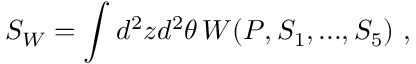
S _ { W } = \int d ^ { 2 } z d ^ { 2 } \theta \, W ( P , S _ { 1 } , . . . , S _ { 5 } ) ~ ,